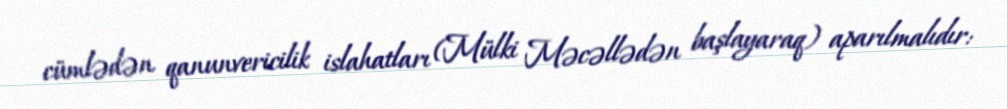
cümlədən qanunvericilik islahatları (Mülki Məcəllədən başlayaraq) aparılmalıdır: